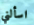
اسألني